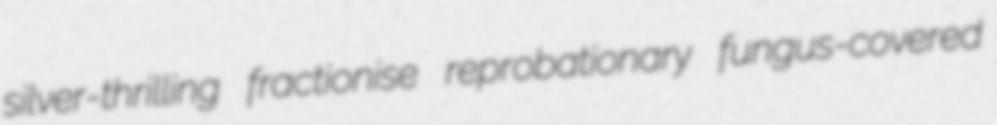
silver-thrilling fractionise reprobationary fungus-covered